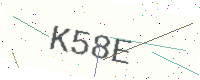
Text: K58E